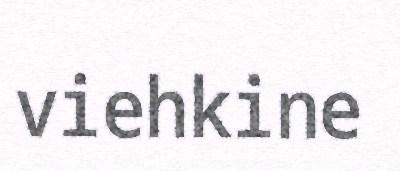
viehkine